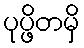
ပုပ္ဖိတမှိ